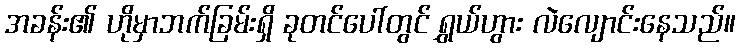
အခန်း၏ ဟိုမှာဘက်ခြမ်းရှိ ခုတင်ပေါ်တွင် ရွှယ်ဟွား လဲလျောင်းနေသည်။